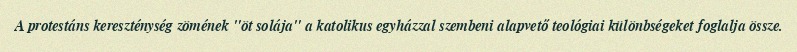
A protestáns kereszténység zömének "öt solája" a katolikus egyházzal szembeni alapvető teológiai különbségeket foglalja össze.